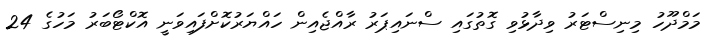
މަމްދޫހު މިނިސްޓަރު ވިދާޅުވި ގޮތުގައި ސްނައިޕަރު ރާއްޖެއިން ހައްޔަރުކޮށްފައިވަނީ އޮކްޓޯބަރު މަހުގެ 24